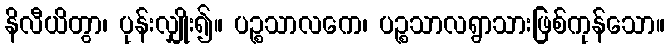
နိလီယိတွာ၊ ပုန်းလျှိုး၍။ ပဉ္စသာလကေ၊ ပဉ္စသာလရွာသားဖြစ်ကုန်သော။